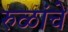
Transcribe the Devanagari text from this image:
रुळांचे